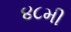
૪૮મી